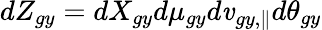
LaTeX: dZ_{gy}=dX_{gy}d\mu_{gy}d\mathit{v}_{gy,\parallel}d\theta_{gy}